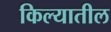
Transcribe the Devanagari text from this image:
किल्यातील